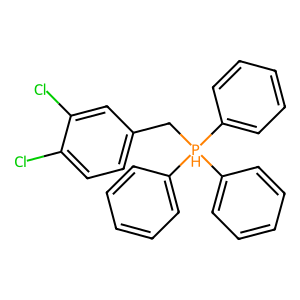
SMILES: Clc1ccc(C[PH](c2ccccc2)(c2ccccc2)c2ccccc2)cc1Cl
Inhibits HIV replication: No